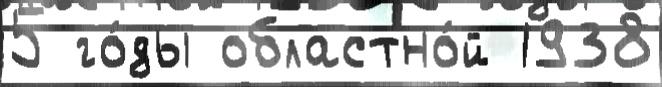
5 го́ды областно́й 1938